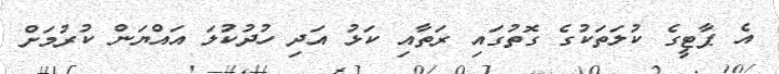
އެ ޕާޓީގެ ކުލަތަކުގެ ގޮތުގައި ރަތާއި ކަޅު އަދި ހުދުކުލަ އައްޔަން ކުރުމަށް